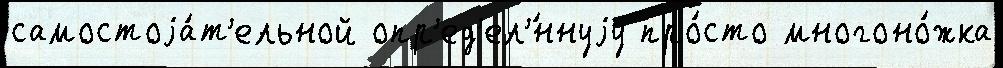
самостоjа́т'ельной опр'ед'ел'́ннуjу про́сто многоно́жка